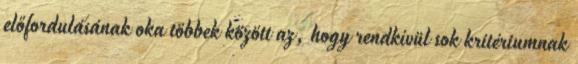
előfordulásának oka többek között az, hogy rendkívül sok kritériumnak